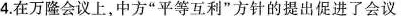
4.在万隆会议上，中方”平等互利”方针的提出促进了会议